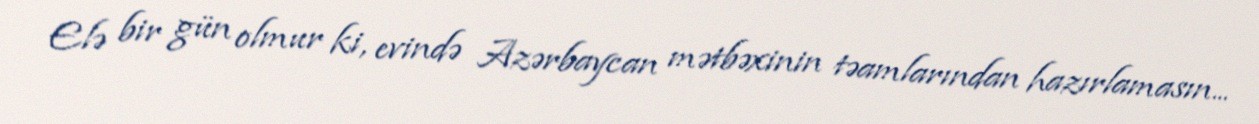
Elə bir gün olmur ki, evində Azərbaycan mətbəxinin təamlarından hazırlamasın...